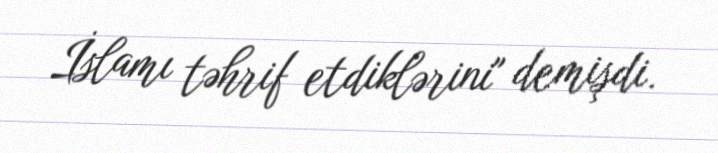
İslamı təhrif etdiklərini" demişdi.